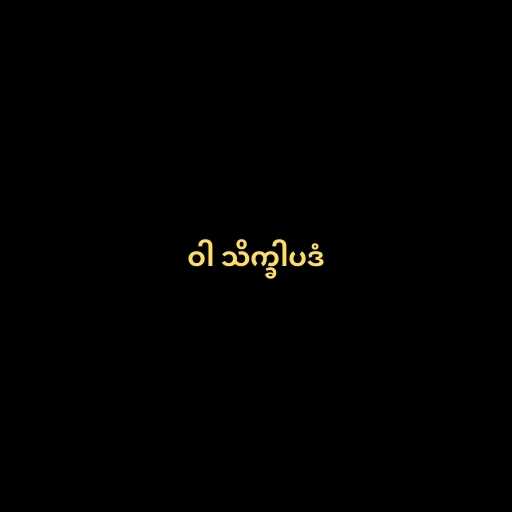
ဝါ သိက္ခါပဒံ